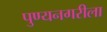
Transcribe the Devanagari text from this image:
पुण्यनगरीला